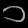
Digit: ၁